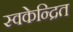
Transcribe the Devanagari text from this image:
स्वकेन्द्रित